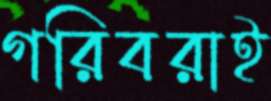
গরিবরাই